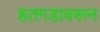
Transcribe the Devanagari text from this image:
हतगडावरून